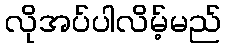
လိုအပ်ပါလိမ့်မည်